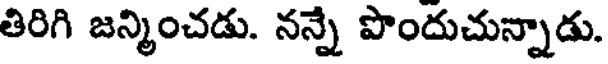
తిరిగి జన్మించడు. నన్నే పొందుచున్నాడు.